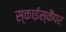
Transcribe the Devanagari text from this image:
स्काईस्कैपर